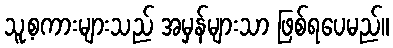
သူ့စကားများသည် အမှန်များသာ ဖြစ်ရပေမည်။